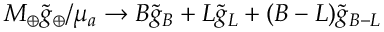
M _ { \oplus } \ensuremath { \tilde { g } _ { \oplus } } / \mu _ { a } \rightarrow B \ensuremath { \tilde { g } _ { B } } + L \ensuremath { \tilde { g } _ { L } } + ( B - L ) \ensuremath { \tilde { g } _ { B - L } }